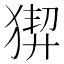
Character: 𤟻